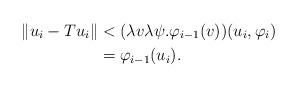
\begin{align*} \Vert u_i-Tu_i\Vert&<(\lambda v\lambda\psi.\varphi_{i-1}(v))(u_i,\varphi_i)\\ &=\varphi_{i-1}(u_i).\end{align*}